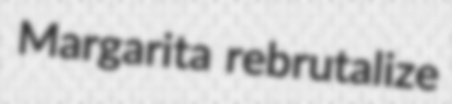
Margarita rebrutalize